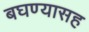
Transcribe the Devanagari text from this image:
बघण्यासह